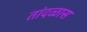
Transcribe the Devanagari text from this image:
तांदळास